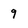
Character: 9